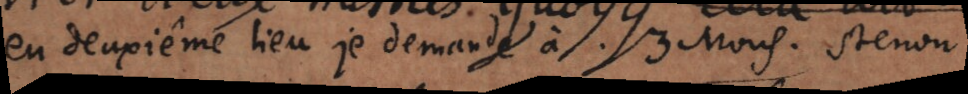
en deuxième lieu je demande à Mons. Stenon